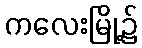
ကလေးမြို့၌